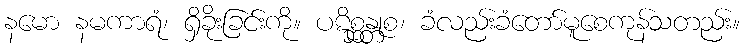
နမော နမကာရံ၊ ရှိခိုးခြင်းကို။ ပဋိစ္ဆန္တုစ၊ ခံလည်းခံတော်မူစေကုန်သတည်း။